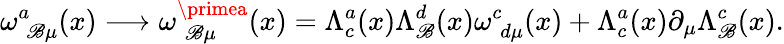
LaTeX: \omega_{\; \mathscr{B}\mu}^{a}(x)\longrightarrow\omega_{\; \mathscr{B}\mu}^{\primea}(x)=\Lambda_{c}^{a}(x)\Lambda_{\mathscr{B}}^{d}(x)\omega_{\; d\mu}^{c}(x)+\Lambda_{c}^{a}(x)\partial_{\mu}\Lambda_{\mathscr{B}}^{c}(x).